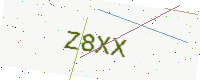
Text: Z8XX